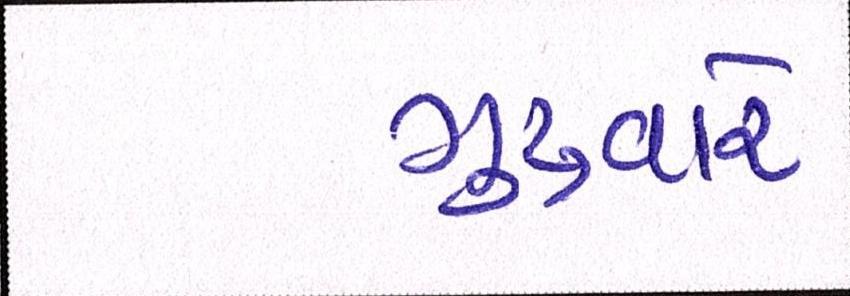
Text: ગુરુવારે